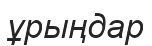
ұрыңдар